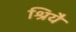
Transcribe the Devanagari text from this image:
श्रियै